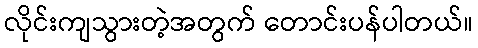
လိုင်းကျသွားတဲ့အတွက် တောင်းပန်ပါတယ်။